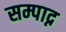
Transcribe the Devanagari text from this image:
सम्पाद्न